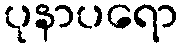
ပုနာပရော